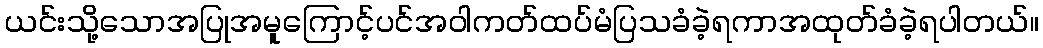
ယင်းသို့သောအပြုအမူကြောင့်ပင်အဝါကတ်ထပ်မံပြသခံခဲ့ရကာအထုတ်ခံခဲ့ရပါတယ်။